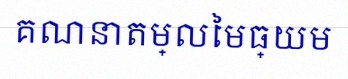
គណនាតម្លៃមធ្យម